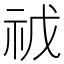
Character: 𮁥